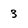
Character: 3